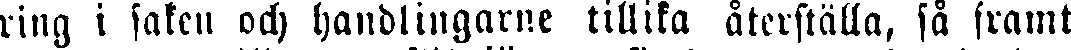
ring i saken och handliugarne tillika återställa, så framt